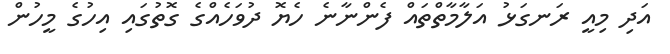
އަދި މިއީ ރަނގަޅު އަލާމާތްތައް ފެންނާނެ ހެޔޮ ދުވަހެއްގެ ގޮތުގައި އިހުގެ މީހުން